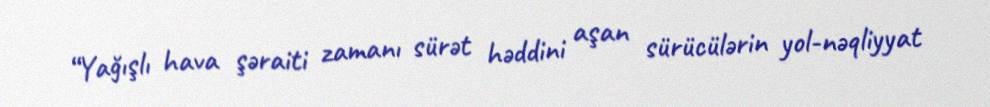
“Yağışlı hava şəraiti zamanı sürət həddini aşan sürücülərin yol-nəqliyyat